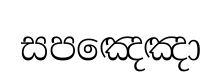
සපඤෙඤා